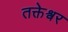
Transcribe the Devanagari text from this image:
तक्तेश्वर